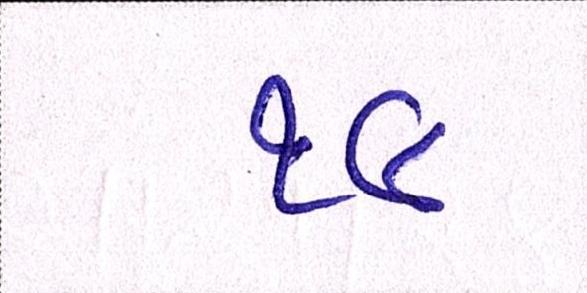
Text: ૧૯